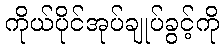
ကိုယ်ပိုင်အုပ်ချုပ်ခွင့်ကို